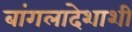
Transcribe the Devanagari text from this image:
बांगलादेशाशी